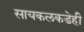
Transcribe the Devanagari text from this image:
सायकलकडेही